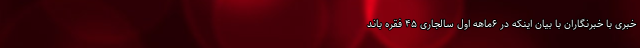
خبری با خبرنگاران با بیان اینکه در ۶ماهه اول سالجاری ۴۵ فقره باند